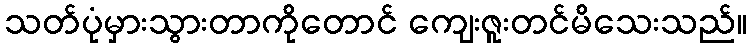
သတ်ပုံမှားသွားတာကိုတောင် ကျေးဇူးတင်မိသေးသည်။